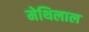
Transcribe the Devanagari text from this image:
मेथिलाल